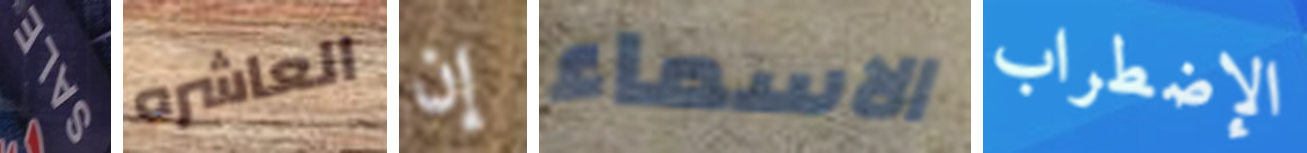
SALE العاشره إن الاسماء الإضطراب